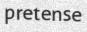
pretense